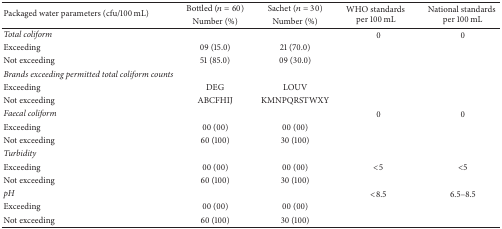
<table><thead><tr><td rowspan="2"><b>Packaged water parameters (cfu/100 mL)</b></td><td><b>Bottled (<i>n</i> = 60)</b></td><td><b>Sachet (<i>n</i> = 30)</b></td><td rowspan="2"><b>WHO standards per 100 mL</b></td><td rowspan="2"><b>National standardsper 100 mL</b></td></tr><tr><td><b>Number (%)</b></td><td><b>Number (%)</b></td></tr></thead><tbody><tr><td><i>Total coliform</i></td><td> </td><td> </td><td>0</td><td>0</td></tr><tr><td>Exceeding</td><td>09 (15.0)</td><td>21 (70.0)</td><td> </td><td> </td></tr><tr><td>Not exceeding</td><td>51 (85.0)</td><td>09 (30.0)</td><td> </td><td> </td></tr><tr><td><i>Brands exceeding permitted total coliform counts </i></td><td> </td><td> </td><td> </td><td> </td></tr><tr><td>Exceeding </td><td>DEG</td><td>LOUV</td><td> </td><td> </td></tr><tr><td>Not exceeding </td><td>ABCFHIJ</td><td>KMNPQRSTWXY</td><td> </td><td> </td></tr><tr><td><i>Faecal coliform </i></td><td> </td><td> </td><td>0</td><td>0</td></tr><tr><td>Exceeding</td><td>00 (00)</td><td>00 (00)</td><td> </td><td> </td></tr><tr><td>Not exceeding</td><td>60 (100)</td><td>30 (100)</td><td> </td><td> </td></tr><tr><td><i>Turbidity</i></td><td> </td><td> </td><td> </td><td> </td></tr><tr><td>Exceeding</td><td>00 (00)</td><td>00 (00)</td><td>&lt;5</td><td>&lt;5</td></tr><tr><td>Not exceeding</td><td>60 (100)</td><td>30 (100)</td><td> </td><td> </td></tr><tr><td><i>pH</i></td><td> </td><td> </td><td>&lt;8.5</td><td>6.5–8.5</td></tr><tr><td>Exceeding</td><td>00 (00)</td><td>00 (00)</td><td> </td><td> </td></tr><tr><td>Not exceeding</td><td>60 (100)</td><td>30 (100)</td><td> </td><td> </td></tr></tbody></table>